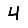
Digit: 4